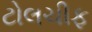
ટોલચીફ